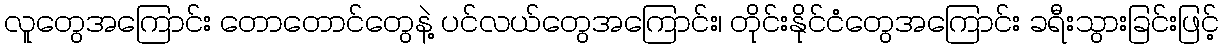
လူတွေအကြောင်း တောတောင်တွေနဲ့ ပင်လယ်တွေအကြောင်း၊ တိုင်းနိုင်ငံတွေအကြောင်း ခရီးသွားခြင်းဖြင့်